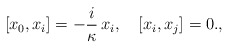
\begin{align*} [x_0, x_i] = -\frac{i}{\kappa}\, x_i, \quad [x_i, x_j] = 0.,\end{align*}